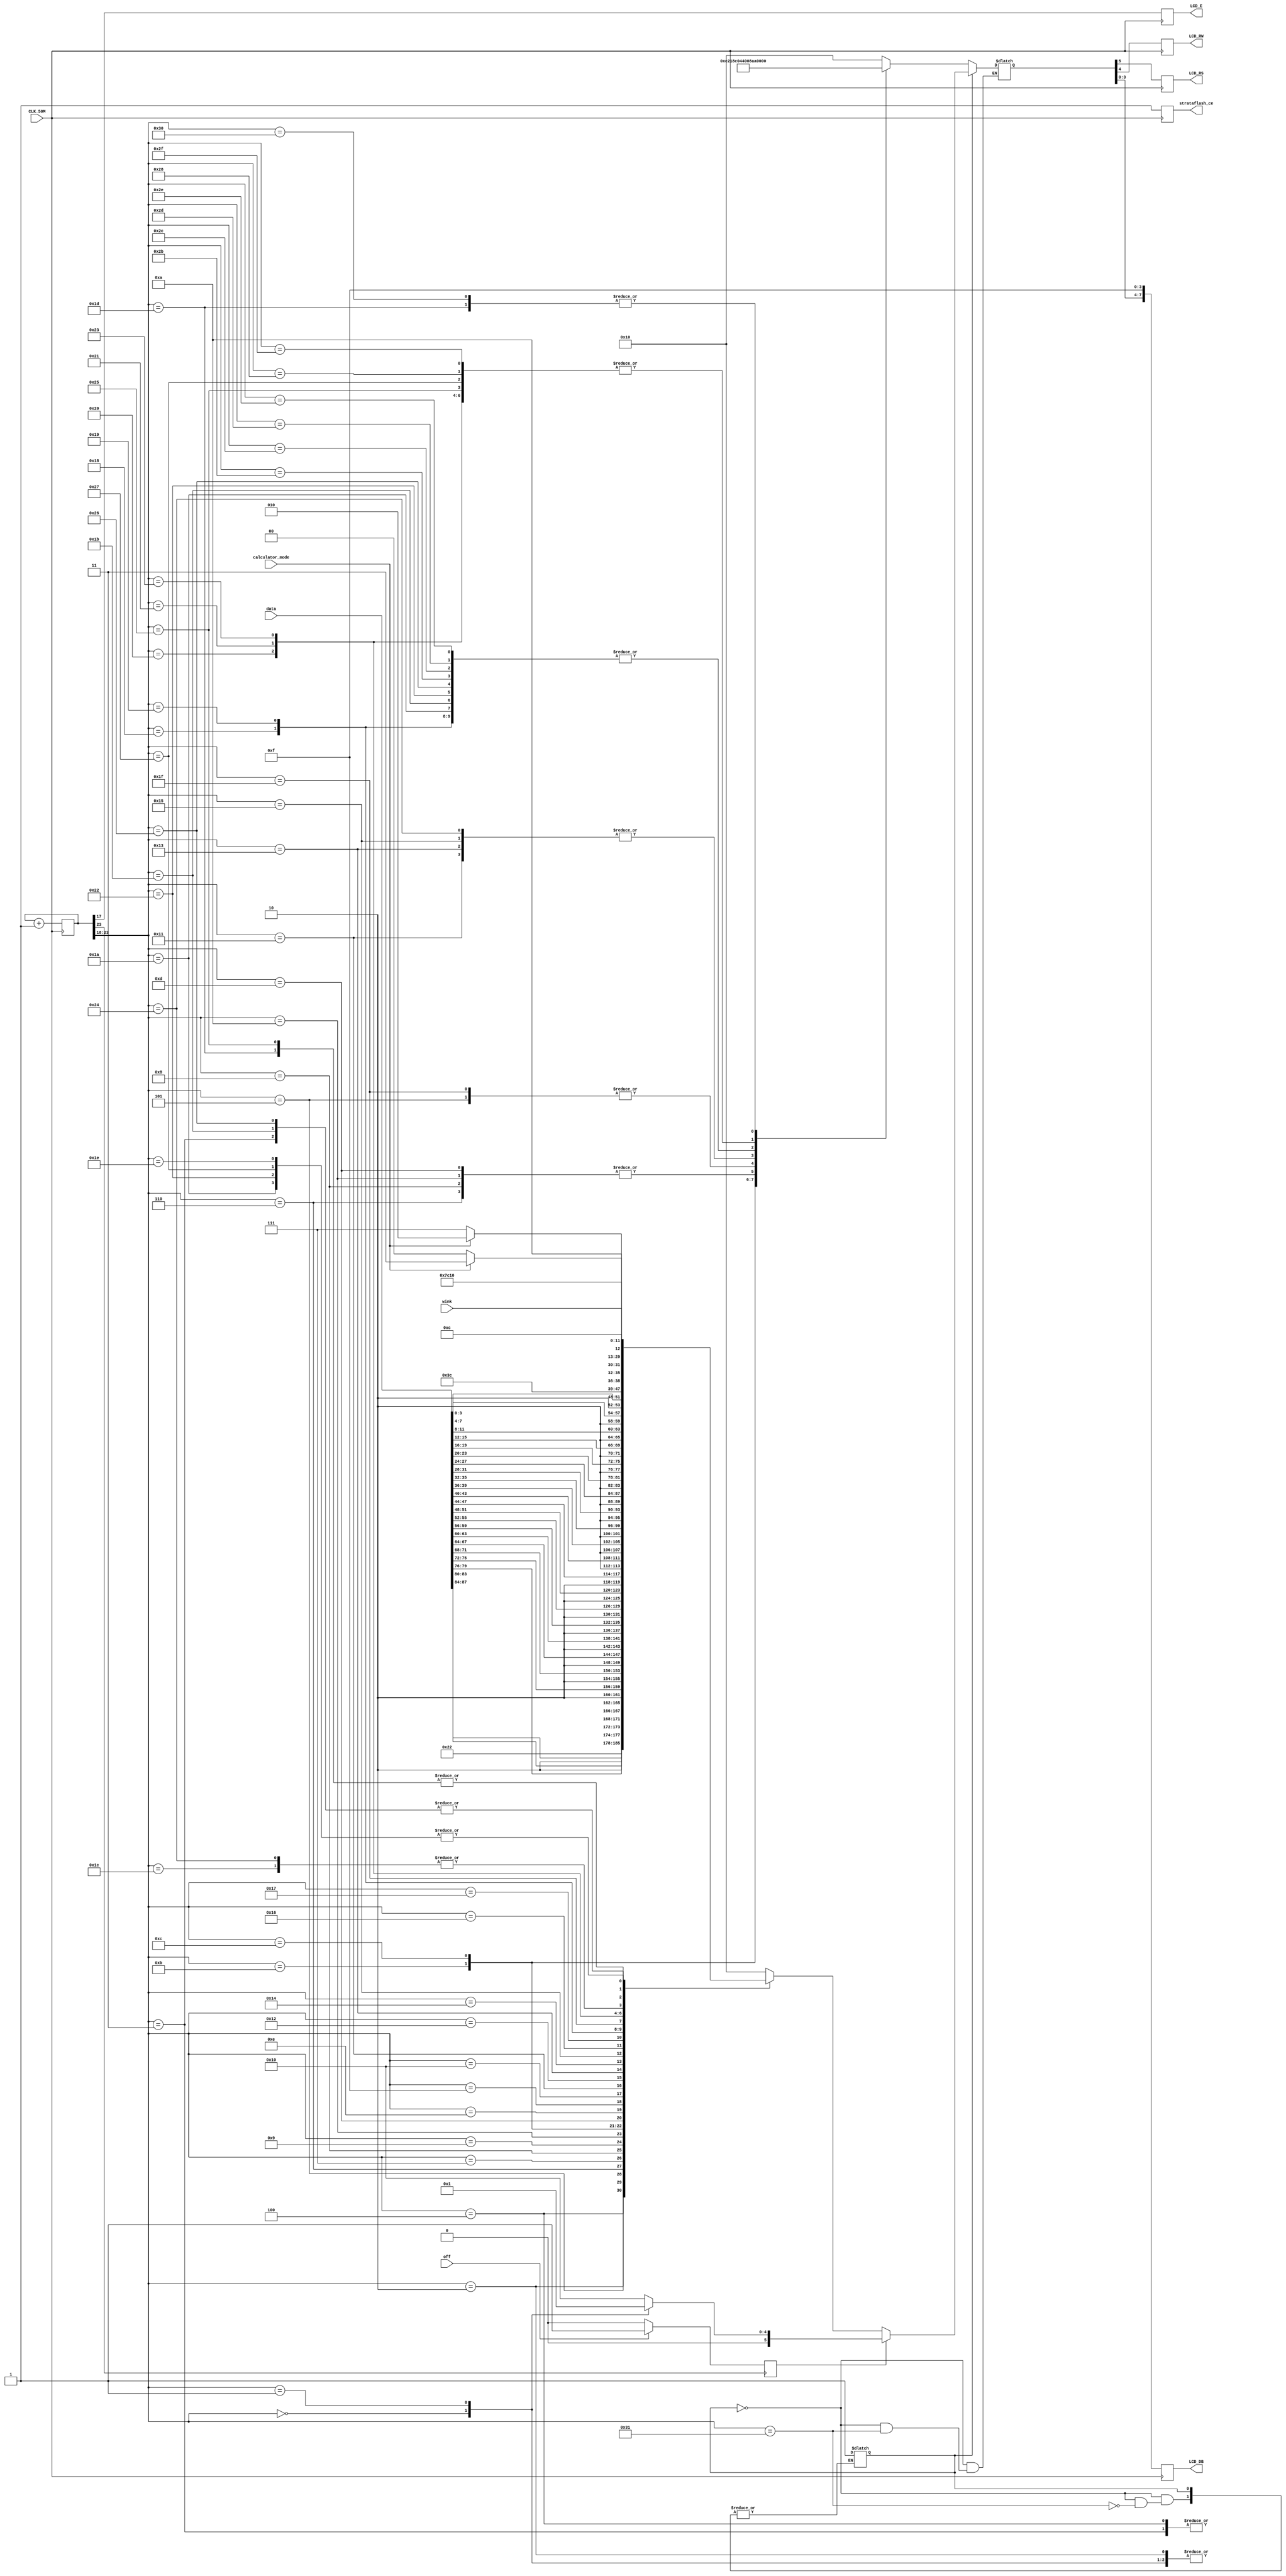
module lcd(
    input  wire off,CLK_50M,wink,calculator_mode,
    input wire [87:0]data,
    output reg strataflash_ce, // strataflash_ce =1 to enable
    // LCD for Spartan-3E
    output reg LCD_E, LCD_RS, LCD_RW,
    output reg [7:0] LCD_DB // LCD_DB[3:0] = 1 for Spartan-3AN
);

reg off_c;
//localparam data_bit=64,each_bit=4;
reg [23:0] count_next;
reg [23:0] count = 0; // 23-bit count, 0-(2^23-1), less than 0.2 s
reg [5:0] code; // {LCD_RS, LCD_RW, LCD_DB[7:4]}
reg refresh; // refresh LCD rate @ about 200Hz
reg init=1'b0;

always @(init)
    begin
    count_next = count + 1;
    refresh = count[17];

    if(~init) begin 
     
        
        // refresh (enable) the LCD when bit 17 of the count is 1
        // (it flips when counted up to 2^17, and flips again after another 2^17)
        // flip rate about 200 (50MHz/(2^18))
        
        case (count [23:18]) // every 2^19 clocks = 10 ms (0 for 5 ms, 1 for 5 ms)
            // 5 ms > 4.1 ms
            0: code = 6'h03; // power-on initializatoin sequence
            1: code = 6'h03;
            2: code = 6'h03;
            3: code = 6'h02;
            4: code = 6'h02; // configuration
            5: code = 6'h08;
            6: code = 6'h00;
            7: code = 6'h06;
            8: code = 6'h00;
            9: code = 6'h0C;
            10: code = 6'h00;
            11: code = 6'h01;
            // wirte data
            12: code = 6'b000100;  //define smile
            13: code = 6'h00;
            14: code = 6'h20;
            15: code = 6'h20;
            16: code = 6'h20;
            17: code = 6'h2a;
            18: code = 6'h20;
            19: code = 6'h2a;
            20: code = 6'h20;
            21: code = 6'h2a;
            22: code = 6'h20;
            23: code = 6'h20;
            24: code = 6'h21;
            25: code = 6'h21;
            26: code = 6'h21;
            27: code = 6'h21;
            28: code = 6'h20;
            29: code = 6'h2e;
            //30: code = 6'b000100;  //define wink
            31: code = 6'h08;
            32: code = 6'h20;
            33: code = 6'h20;
            34: code = 6'h21;
            35: code = 6'h20;
            36: code = 6'h2a;
            37: code = 6'h20;
            38: code = 6'h21;
            39: code = 6'h20;
            40: code = 6'h20;
            43: code = 6'h21;
            44: code = 6'h21;
            45: code = 6'h21;
            46: code = 6'h21;
            47: code = 6'h20;
            48: code = 6'h2e;
            49: init = 1'b1;
            default: code = 6'h10;

            endcase
        end
        else if(off_c) begin
            case(count[23:18])
            0:code = 6'h00;
            1:code = 6'h01;
            default : code = 6'h10;

            endcase

        end

        else begin
            case(count [23:18])
            /*0: code = 6'h00;
            1: code = 6'h0c;*/
            2: code = 6'b001000;  // '\r'
            3: code = 6'b000000;
            4: code = {2'b10,data[87:84]};
            5: code = {2'b10,data[83:80]};
            6: code = {2'b10,data[79:76]};
            7: code = {2'b10,data[75:72]};
            8: code = {2'b10,data[71:68]};
            9: code = {2'b10,data[67:64]};
            10: code = {2'b10,data[63:60]};
            11: code = {2'b10,data[59:56]};
            12: code = {2'b10,data[55:52]};
            13: code = {2'b10,data[51:48]};
            14: code = {2'b10,data[47:44]};
            15: code = {2'b10,data[43:40]};
            16: code = {2'b10,data[39:36]};
            17: code = {2'b10,data[35:32]};
            18: code = {2'b10,data[31:28]};
            19: code = {2'b10,data[27:24]};
            20: code = {2'b10,data[23:20]};
            21: code = {2'b10,data[19:16]};
            22: code = {2'b10,data[15:12]};
            23: code = {2'b10,data[11:8]};
            24: code = {2'b10,data[7:4]};
            25: code = {2'b10,data[3:0]};

            26: code = 6'b001100;  // \n
            27: code = 6'b000000;

            28: code = 6'h20;
            29: code = {2'b10,3'b000,wink};

            30: code = 6'b001100;  // middle of 2nd row
            31: code = 6'b000111;

            32: begin
                if(calculator_mode)
                    code = 6'h22;
                else
                    code = 6'h27;            
            end
            33: begin
                if(calculator_mode)
                    code = 6'h2b;
                else
                    code = 6'h28;      
            end

            34: code = 6'b001100;  // the last char
            35: code = 6'b001111;
            36: code = 6'h20;
            37: code = {2'b10,3'b000,wink};

            38: code =6'h00;

            39: code =6'h0c;            
            default:code = 6'h10;

            endcase

        end
    end

always @(posedge count[23]) begin
    if(off) begin
        off_c<=1'b1;
    end
    else begin
        off_c<=1'b0;
    end
end

always @ (posedge CLK_50M)
    begin
    //if(enable) begin
    count <= count_next;
    strataflash_ce <= 1; // for Spartan 3E
    LCD_E <= refresh;
    LCD_RS <= code[5];
    LCD_RW <= code[4];
    LCD_DB[7] <= code[3];
    LCD_DB[6] <= code[2];
    LCD_DB[5] <= code[1];
    LCD_DB[4] <= code[0];
    LCD_DB[3] <= 1;
    LCD_DB[2] <= 1;
    LCD_DB[1] <= 1;
    LCD_DB[0] <= 1;
    //end
    end

endmodule